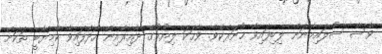
ވެސް ސުލައިމާނަށް ލިބިފައިވާ ހުނަރެކެވެ. ވާހަަކަ ލިޔުމުގެ ދާއިރާއިން ހޯދާފައިވާ ކާމިޔާބީ ތަކަށް